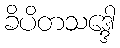
ခိပိတသဒ္ဒေါ